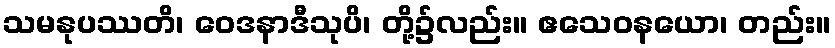
သမနုပဿတိ၊ ဝေဒနာဒီသုပိ၊ တို့၌လည်း။ ဧသေဝနယော၊ တည်း။